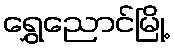
ရွှေညောင်မြို့